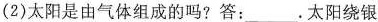
(2)太阳是由气体组成的吗?答：___ .太阳绕银